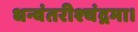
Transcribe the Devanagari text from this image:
धन्वंतरीश्चंद्रमा।